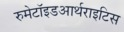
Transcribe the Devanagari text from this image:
रुमेटॉइडआर्थराइटिस